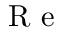
\mathrm { ~ \textit ~ { ~ R ~ e ~ } ~ }